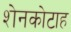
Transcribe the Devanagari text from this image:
शेनकोटाह